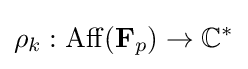
\rho _{k}:\operatorname {Aff} (\mathbf {F} _{p})\to \mathbb {C} ^{*}